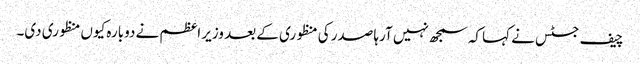
چیف جسٹس نے کہا کہ سمجھ نہیں آرہا صدر کی منظوری کے بعد وزیر اعظم نے دوبارہ کیوں منظوری دی۔